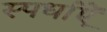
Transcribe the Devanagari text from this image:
स्पर्धाऐं